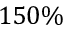
1 5 0 \%